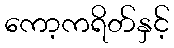
ကော့ကရိတ်နှင့်